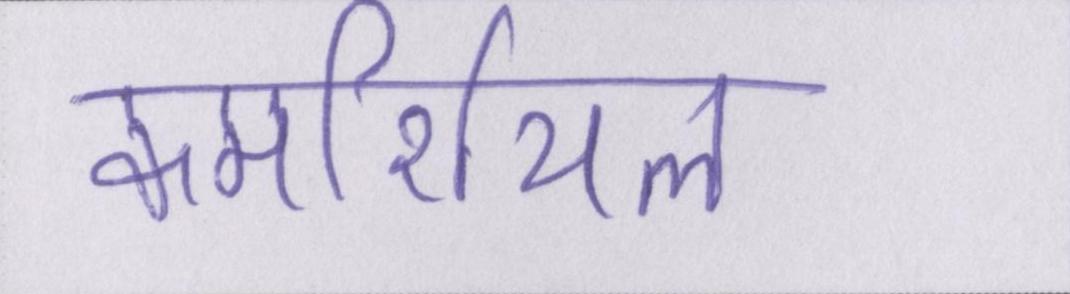
कमर्शियल